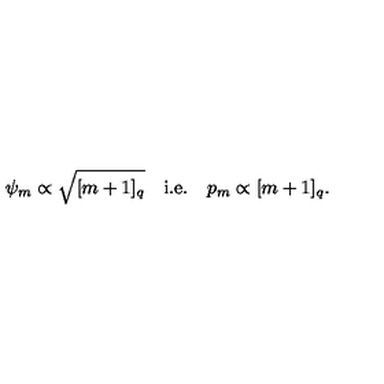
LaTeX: { \psi } _ { m } \propto \sqrt { [ m + 1 ] _ { q } } \mathrm { \quad i . e . \quad } p _ { m } \propto [ m + 1 ] _ { q } .